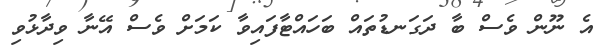
އެ ނޫން ވެސް ބާ ދަގަނޑުތައް ބަހައްޓާފައިވާ ކަމަށް ވެސް އޭނާ ވިދާޅުވި